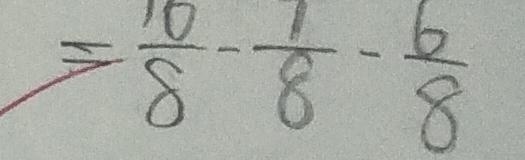
= \frac { 1 0 } { 8 } - \frac { 1 } { 8 } - \frac { 6 } { 8 }